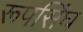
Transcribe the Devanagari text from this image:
रूपसिंघ